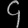
Digit: ၄